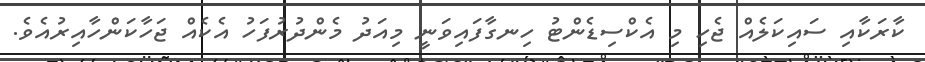
ކާރަކާއި ސައިކަލެއް ޖެހި މި އެކްސިޑެންޓު ހިނގާފައިވަނީ މިއަދު މެންދުރުފަހު އެކެއް ޖަހާކަންހާއިރުއެވެ.